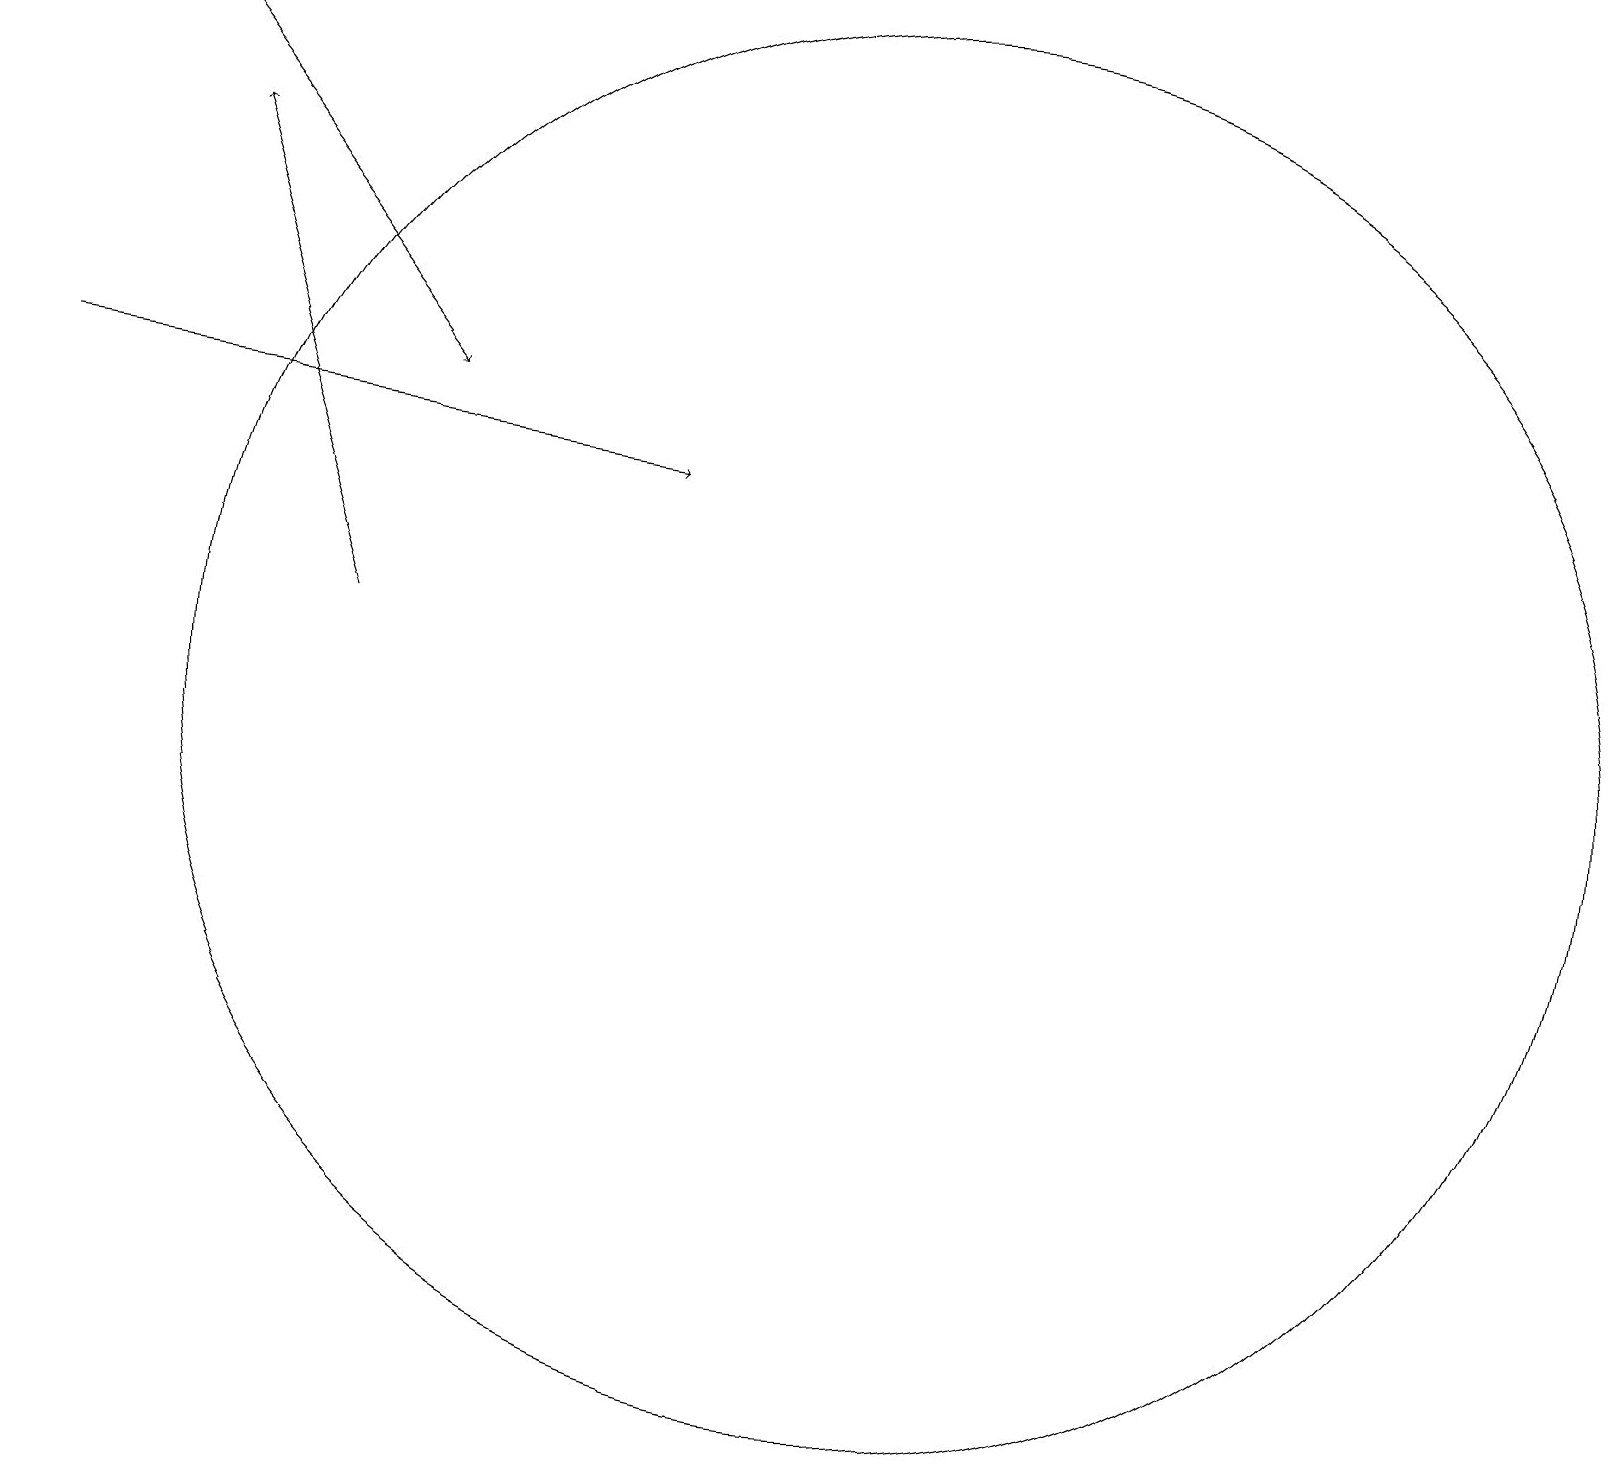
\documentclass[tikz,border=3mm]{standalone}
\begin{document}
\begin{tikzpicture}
\draw[->] (1,14) -- (9,13);
\draw (11,10) circle (0);
\draw[->] (2,19) -- (6,14);
\draw (12,10) circle (9);
\draw[->] (5,11) -- (3,17);
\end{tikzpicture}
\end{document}